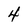
Character: 4